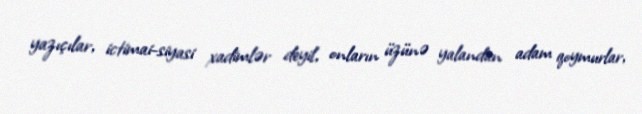
yazıçılar, ictimai-siyasi xadimlər deyil, onların üzünə yalandan adam qoymurlar,